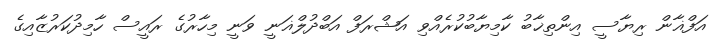
އަފްޣާން ރިޔާސީ އިންތިޚާބު ކާމިޔާބުކުރެއްވި އަޝްރަފް އަބްދުލްޣަނީ ވަނީ މިހާރުގެ ރައީސް ހާމިދުކަރުޒާއިގެ